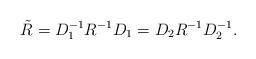
LaTeX: \begin{align*}\tilde{R}=D_1 ^{-1}R^{-1}D_1 =D_2 R^{-1}D^{-1}_2 .\end{align*}